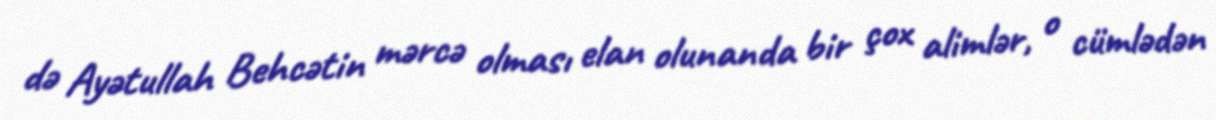
də Ayətullah Behcətin mərcə olması elan olunanda bir çox alimlər, o cümlədən